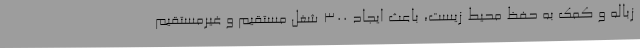
زباله و کمک به حفظ محیط زیست، باعث ایجاد 300 شغل مستقیم و غیرمستقیم